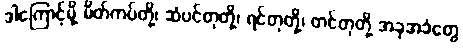
ဒါကြောင့်မို့ မိတ်ကပ်တို့၊ ဆံပင်တုတို့၊ ရင်တုတို့၊ တင်တုတို့ အခုအခံတွေ